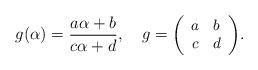
LaTeX: \begin{align*} g(\alpha)= \frac{a\alpha+b}{c\alpha+d}, \,\ \,\ g=\small{\left(\begin{array}{ccc} a &b\\ c & d \end{array}\right)}.\end{align*}